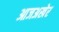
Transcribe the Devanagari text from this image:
आजअखेर